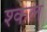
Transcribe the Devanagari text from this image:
श्कल